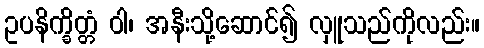
ဥပနိက္ခိတ္တံ ဝါ၊ အနီးသို့ဆောင်၍ လှူသည်ကိုလည်း။